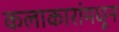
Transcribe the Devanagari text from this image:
कलाकारांमधून